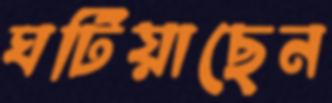
ঘটিয়াছেন